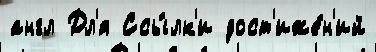
англ Дл'я Ссы́лк'и дост'иже́н'ий